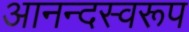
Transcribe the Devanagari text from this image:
आनन्दस्वरूप